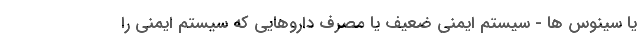
یا سینوس ها - سیستم ایمنی ضعیف یا مصرف داروهایی که سیستم ایمنی را